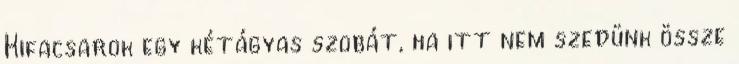
Kifacsarok egy kétágyas szobát, ha itt nem szedünk össze